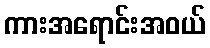
ကားအရောင်းအဝယ်